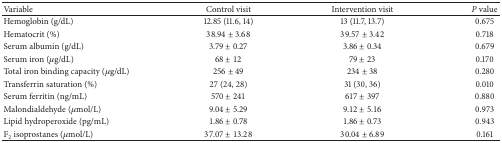
<table><thead><tr><td><b>Variable</b></td><td><b>Control visit</b></td><td><b>Intervention visit </b></td><td><b><i>P</i> value</b></td></tr></thead><tbody><tr><td>Hemoglobin (g/dL)</td><td>12.85 (11.6, 14)</td><td>13 (11.7, 13.7)</td><td>0.675</td></tr><tr><td>Hematocrit (%)</td><td>38.94 ± 3.68</td><td>39.57 ± 3.42</td><td>0.718</td></tr><tr><td>Serum albumin (g/dL)</td><td>3.79 ± 0.27</td><td>3.86 ± 0.34</td><td>0.679</td></tr><tr><td>Serum iron (<i>μ</i>g/dL)</td><td>68 ± 12</td><td>79 ± 23</td><td>0.170</td></tr><tr><td>Total iron binding capacity (<i>μ</i>g/dL)</td><td>256 ± 49</td><td>234 ± 38</td><td>0.280</td></tr><tr><td>Transferrin saturation (%)</td><td>27 (24, 28)</td><td>31 (30, 36)</td><td>0.010</td></tr><tr><td>Serum ferritin (ng/mL)</td><td>570 ± 241</td><td>617 ± 397</td><td>0.880</td></tr><tr><td>Malondialdehyde (<i>μ</i>mol/L)</td><td>9.04 ± 5.29</td><td>9.12 ± 5.16</td><td>0.973</td></tr><tr><td>Lipid hydroperoxide (pg/mL) </td><td>1.86 ± 0.78</td><td>1.86 ± 0.73</td><td>0.943</td></tr><tr><td>F<sub>2</sub> isoprostanes (<i>μ</i>mol/L) </td><td>37.07 ± 13.28</td><td>30.04 ± 6.89</td><td>0.161</td></tr></tbody></table>